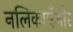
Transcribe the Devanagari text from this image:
नलिकाएँऔर